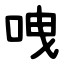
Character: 㖂